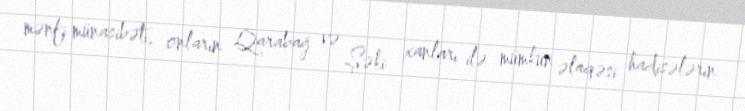
mənfi münasibəti, onların Qarabağ və Şəki xanları ilə mümkün əlaqəsi hadisələrin